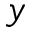
y